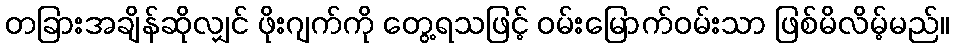
တခြားအချိန်ဆိုလျှင် ဖိုးဂျက်ကို တွေ့ရသဖြင့် ဝမ်းမြောက်ဝမ်းသာ ဖြစ်မိလိမ့်မည်။